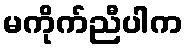
မကိုက်ညီပါက